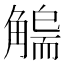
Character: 𧤬